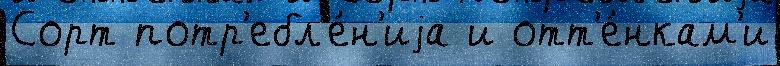
Сорт потр'ебл'е́н'иjа и отт'е́нкам'и